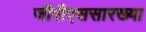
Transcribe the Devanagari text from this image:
जीपीएससारख्या